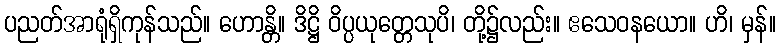
ပညတ်အာရုံရှိကုန်သည်။ ဟောန္တိ။ ဒိဋ္ဌိ ဝိပ္ပယုတ္တေသုပိ၊ တို့၌လည်း။ ဧသေဝနယော။ ဟိ၊ မှန်။